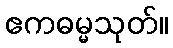
ဧကဓမ္မသုတ်။